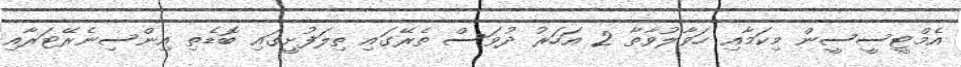
އެމްޓީސީސީން މިކަމާއި ހަވާލުވާތާ 2 އަހަރު ދުވަސް ތެރޭގައި ތިލަފުށީގައި ބޮޑެތި އިންސިނެރޭޓަރާއި